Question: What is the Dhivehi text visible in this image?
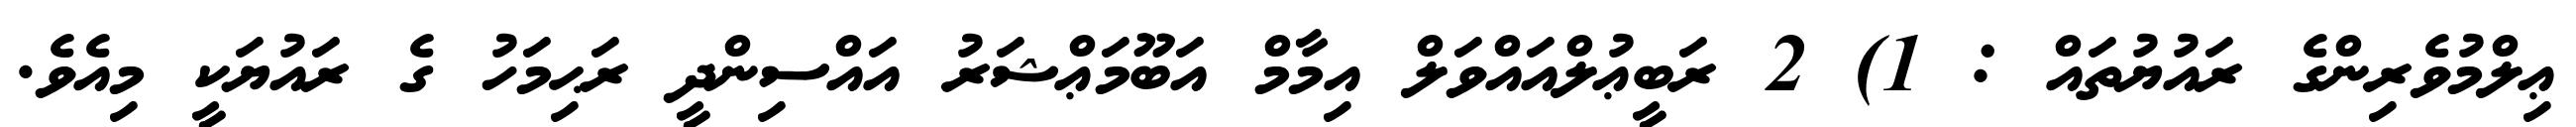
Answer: ޢިލްމުވެރިންގެ ރައުޔުތައް : 1) 2 ރަބީޢުލްއައްވަލް އިމާމް އަބޫމަޢްޝަރު އައްސިންދީ ރަޙިމަހު ގެ ރައުޔަކީ މިއެވެ.